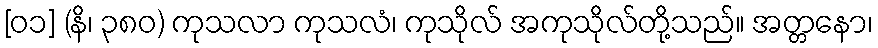
[၀၁] (နိ၊ ၃၈၀) ကုသလာ ကုသလံ၊ ကုသိုလ် အကုသိုလ်တို့သည်။ အတ္တနော၊